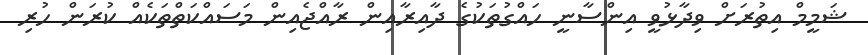
ޝަމީމް އިތުރަށް ވިދާޅުވީ އިންސާނީ ހައްގުތަކުގެ ދާއިރާއިން ރާއްޖެއިން މަސައްކަތްތަކެއް ކުރަން ހުރި